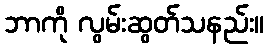
ဘာကို လွမ်းဆွတ်သနည်း။